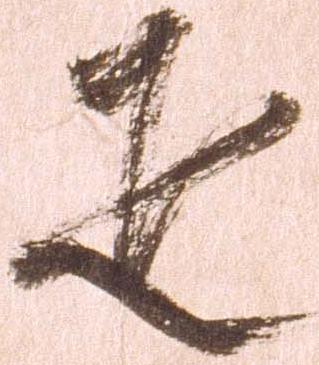
疋